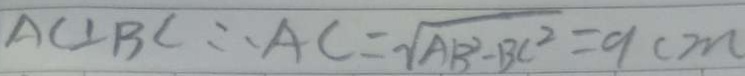
A C \bot B C \therefore A C = \sqrt { A B ^ { 2 } - B C ^ { 2 } } = 9 c m